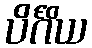
ပိင်္ဂိယ